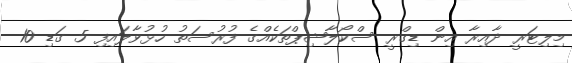
މިލިޓަރީ ދާއިރާ އިން ޑިގްރީ ސްކޯލާޝިޕްތަކެއްގެ ފުރުސަތު ހުޅުވާލައިފި 5 ގަޑި 10